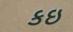
કઇ